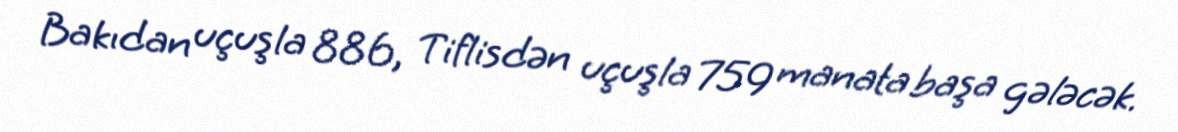
Bakıdan uçuşla 886, Tiflisdən uçuşla 759 manata başa gələcək.